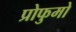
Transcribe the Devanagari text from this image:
प्रोफुमो